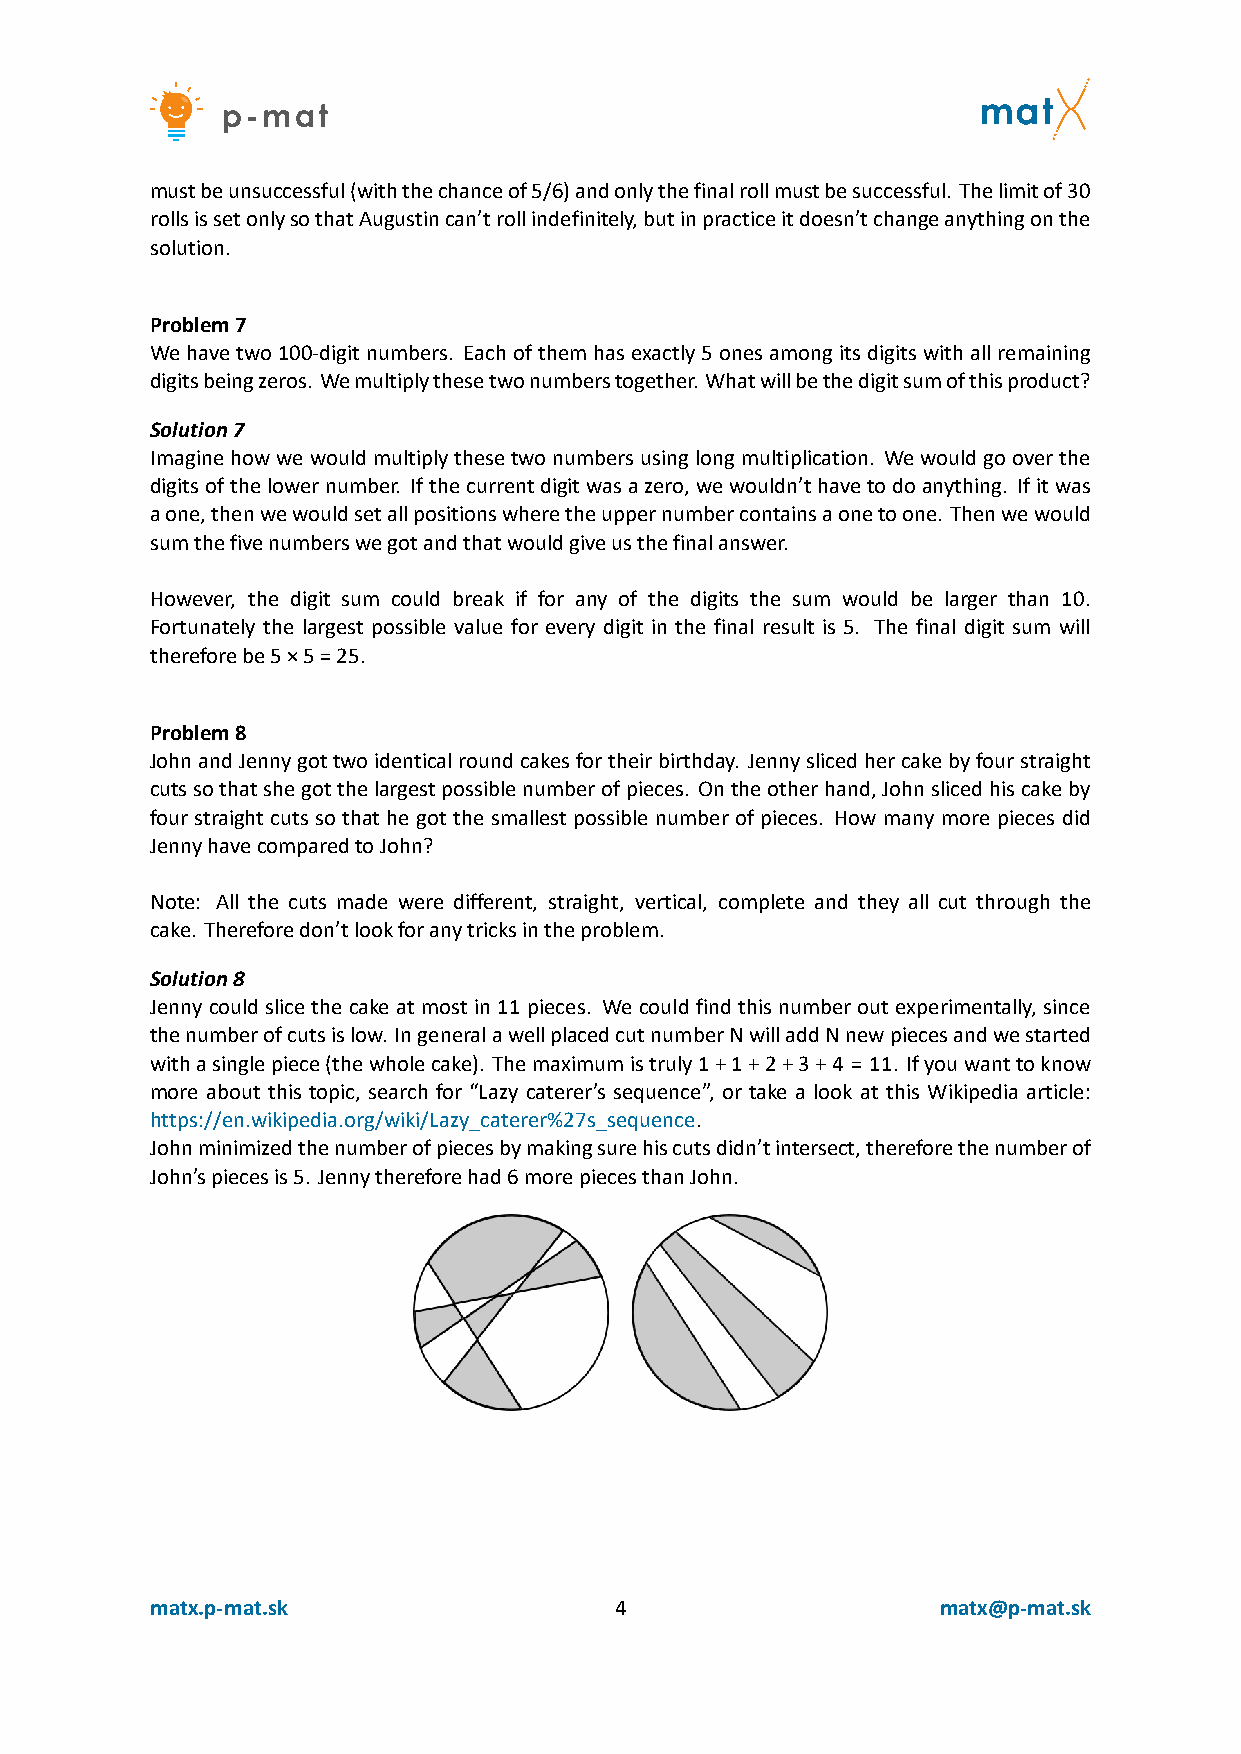
mustbeunsuccessful(withthechanceof5/6)andonlythefinalrollmustbesuccessful. Thelimitof30
 rollsissetonlysothatAugustincan’trollindefinitely,butinpracticeitdoesn’tchangeanythingonthe
 solution.
 Problem7
 Wehavetwo100‐digitnumbers. Eachofthemhasexactly5onesamongitsdigitswithallremaining
 digitsbeingzeros. Wemultiplythesetwonumberstogether. Whatwillbethedigitsumofthisproduct?
 Solution7
 Imaginehowwewouldmultiplythesetwonumbersusinglongmultiplication. Wewouldgooverthe
 digitsofthelowernumber. Ifthecurrentdigitwasazero,wewouldn’thavetodoanything. Ifitwas
 aone,thenwewouldsetallpositionswheretheuppernumbercontainsaonetoone. Thenwewould
 sumthefivenumberswegotandthatwouldgiveusthefinalanswer.
 However, the digit sum could break if for any of the digits the sum would be larger than 10.
 Fortunately the largest possible value for every digit in the final result is 5. The final digit sum will
 thereforebe5×5=25.
 Problem8
 JohnandJennygottwoidenticalroundcakesfortheirbirthday. Jennyslicedhercakebyfourstraight
 cutssothatshegotthelargestpossiblenumberofpieces. Ontheotherhand,Johnslicedhiscakeby
 four straight cuts so that he got the smallest possible number of pieces. How many more pieces did
 JennyhavecomparedtoJohn?
 Note: All the cuts made were different, straight, vertical, complete and they all cut through the
 cake. Thereforedon’tlookforanytricksintheproblem.
 Solution8
 Jenny could slice the cake at most in 11 pieces. We could find this number out experimentally, since
 thenumberofcutsislow. IngeneralawellplacedcutnumberNwilladdNnewpiecesandwestarted
 withasinglepiece(thewholecake). Themaximumistruly1+1+2+3+4 = 11. Ifyouwanttoknow
 more about this topic, search for “Lazy caterer’s sequence”, or take a look at this Wikipedia article:
 https://en.wikipedia.org/wiki/Lazy_caterer%27s_sequence.
 Johnminimizedthenumberofpiecesbymakingsurehiscutsdidn’tintersect,thereforethenumberof
 John’spiecesis5. Jennythereforehad6morepiecesthanJohn.
 matx.p‐mat.sk                  4                    matx@p‐mat.sk